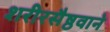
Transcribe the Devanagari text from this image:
शरीरसैष्ठवाने